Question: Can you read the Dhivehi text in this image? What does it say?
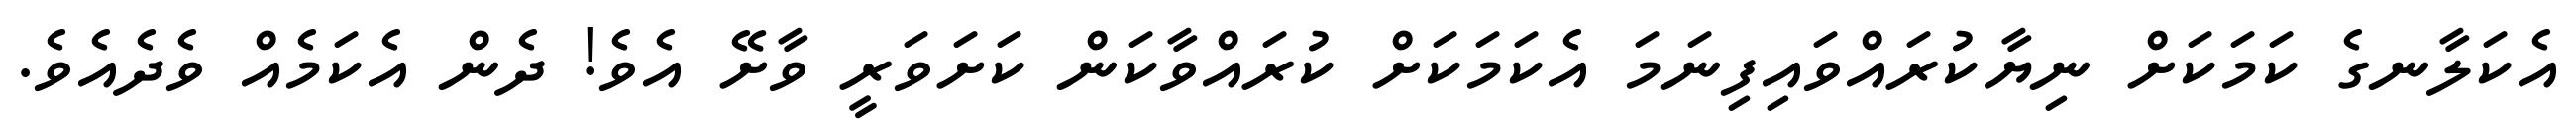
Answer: އެކަލާނގެ ކަމަކަށް ނިޔާކުރައްވައިފިނަމަ އެކަމަކަށް ކުރައްވާކަން ކަށަވަރީ ވާށޭ އެވެ! ދެން އެކަމެއް ވެދެއެވެ.